Sketch of the medical history of the native army of Bombay, for the year
Year: 1872
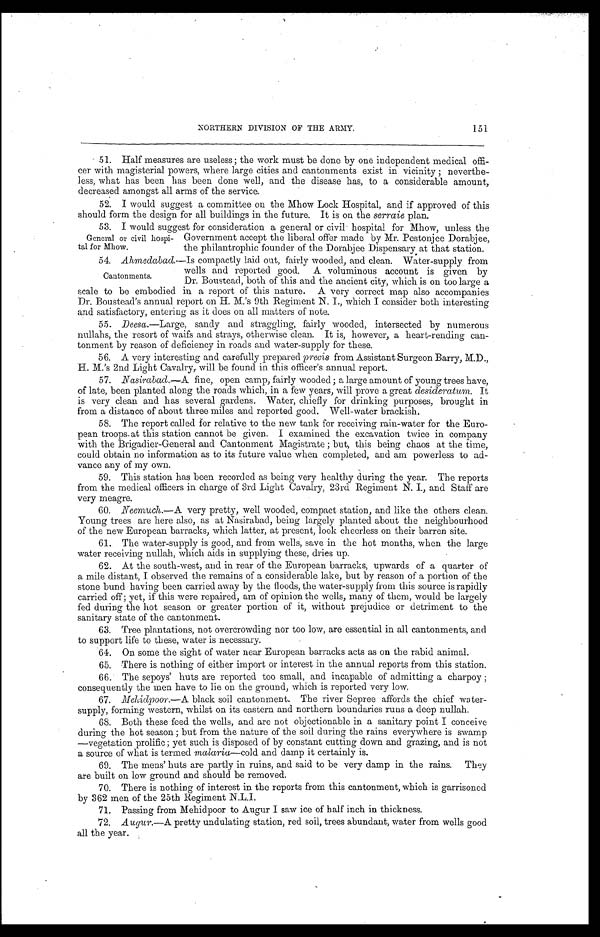
151
NORTHERN DIVISION OF THE ARMY.
51.
Half measures are useless ; the work must be done by one independent medical offi-
cer with magisterial powers, where large cities and cantonments exist in vicinity ; neverthe-
less, what has been has been done well, and the disease has, to a considerable amount,
decreased amongst all arms of the service.
52.
I would suggest a committee on the Mhow Lock Hospital, and if approved of this
should form the design for all buildings in the future. It is on the serraie plan.
53.
I would suggest for consideration a general or civil hospital for Mhow, unless the
General or civil hospi- Government accept the liberal offer made by Mr. Pestonjee Dorabjee,
tal for Mhow.
the philantrophic founder of the Dorabjee Dispensary at that station.
54.
Ahmedabad.— Is compactly laid out, fairly wooded, and clean. Water-supply from
Cantonments.
wells and reported good. A voluminous account is given by
Dr. Boustead, both of this and the ancient city, which is on too large a
scale to be embodied in a report of this nature. A very correct map also accompanies
Dr. Boustead's annual report on H. M.'s 9th Regiment N. I., which I consider both interesting
and satisfactory, entering as it does on all matters of note.
55.
Deesa. —Large, sandy and straggling, fairly wooded, intersected by numerous
nullahs, the resort of waifs and strays, otherwise clean. It is, however, a heart-rending can-
tonment by reason of deficiency in roads and water-supply for these.
56.
A very interesting and carefully prepared precis from Assistant Surgeon Barry, M.D.,
H. M.'s 2nd Light Cavalry, will be found in this officer's annual report.
57.
Nasirabad.—A fine, open camp, fairly wooded ; a large amount of young trees have,
of late, been planted along the roads which, in a few years, will prove a great desideratum. It
is very clean and has several gardens. Water, chiefly for drinking purposes, brought in
from a distance of about three miles and reported good. Well-water brackish.
58.
The report called for relative to the new tank for receiving rain-water for the Euro-
pean troops. at this station cannot be given. I examined the excavation twice in company
with the Brigadier-General and Cantonment Magistrate ; but, this being chaos at the time,
could obtain no information as to its future value when completed, and am powerless to ad-
vance any of my own.
59.
This station has been recorded as being very healthy during the year. The reports
from the medical officers in charge of 3rd Light Cavalry, 23rd Regiment N. I., and Staff are
very meagre.
60.
Neemuch.— A very pretty, well wooded, compact station, and like the others clean.
Young trees are here also, as at Nasirabad, being largely planted about the neighbourhood
of the new European barracks, which latter, at present, look cheerless on their barren site.
61.
The water-supply is good, and from wells, save in the hot months, when the large
water receiving nullah, which aids in supplying these, dries up.
62.
At the south-west, and in rear of the European barracks, upwards of a quarter of
a mile distant, I observed the remains of a considerable lake, but by reason of a portion of the
stone bund having been carried away by the floods, the water-supply from this source is rapidly
carried off ; yet, if this were repaired, am of opinion the wells, many of them, would be largely
fed during the hot season or greater portion of it, without prejudice or detriment to the
sanitary state of the cantonment.
63.
Tree plantations, not overcrowding nor too low, are essential in all cantonments, and
to support life to these, water is necessary.
64.
On some the sight of water near European barracks acts as on the rabid animal.
65.
There is nothing of either import or interest in the annual reports from this station.
66.
The sepoys' huts are reported too small, and incapable of admitting a charpoy ;
consequently the men have to lie on the ground, which is reported very low.
67.
Mehidpoor.—A black soil cantonment. The river Sepree affords the chief water-
supply, forming western, whilst on its eastern and northern boundaries runs a deep nullah.
68.
Both these feed the wells, and are not objectionable in a sanitary point I conceive
during the hot season ; but from the nature of the soil during the rains everywhere is swamp
—vegetation prolific ; yet such is disposed of by constant cutting down and grazing, and is not
a source of what is termed malaria—cold and damp it certainly is.
69.
The mens' huts are partly in ruins, and said to be very damp in the rains. They
are built on low ground and should be removed.
70.
There is nothing of interest in the reports from this cantonment, which is garrisoned
by 362 men of the 25th Regiment N.L.I.
71.
Passing from Mehidpoor to Augur I saw ice of half inch in thickness.
72.
Augur.—A pretty undulating station, red soil, trees abundant, water from wells good
all the year.